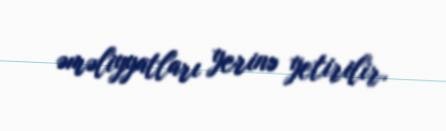
əməliyyatları yerinə yetirilir.